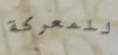
للمعركة